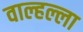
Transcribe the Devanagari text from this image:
वाल्हल्ला